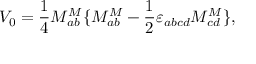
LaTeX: V _ { 0 } = \frac 1 4 M _ { a b } ^ { M } \{ M _ { a b } ^ { M } - \frac 1 2 \varepsilon _ { a b c d } M _ { c d } ^ { M } \} ,